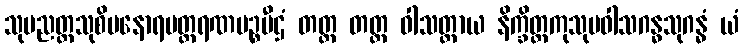
သုပညတ္တသုစိမနောရမတ္ထရဏမဉ္စပီဌံ တတ္ထ တတ္ထ ဝါသတ္ထာယ နိက္ခိတ္တကုသုမဝါသဂန္ဓသုဂန္ဓံ ယံ